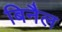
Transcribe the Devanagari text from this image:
बिनैल